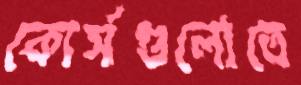
কোর্সগুলোতে